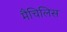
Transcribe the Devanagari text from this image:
मैचिलिस